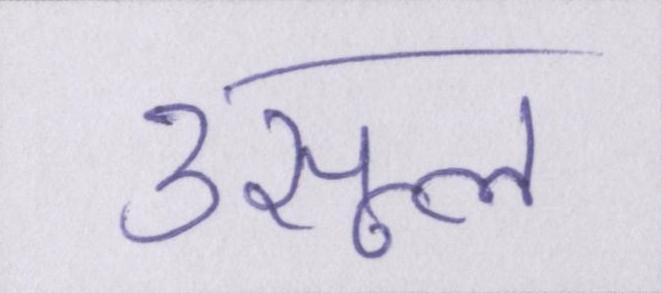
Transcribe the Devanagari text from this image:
उसूल